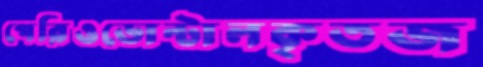
পেরিওডোন্টালকৃতজ